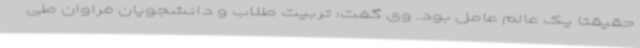
حقیقتاً یک عالم عامل بود. وی گفت: تربیت طلاب و دانشجویان فراوان طی